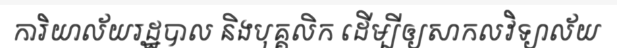
ការិយាល័យរដ្ឋបាល និងបុគ្គលិក ដើម្បីឲ្យសាកលវិទ្យាល័យ